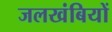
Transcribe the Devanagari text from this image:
जलखंबियों